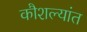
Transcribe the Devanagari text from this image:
कौशल्यांत